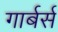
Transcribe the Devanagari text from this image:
गार्बर्स